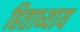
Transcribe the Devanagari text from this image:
हिताध्याय